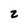
Character: 2